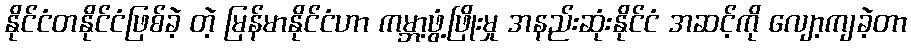
နိုင်ငံတနိုင်ငံဖြစ်ခဲ့ တဲ့ မြန်မာနိုင်ငံဟာ ကမ္ဘာ့ဖွံ့ဖြိုးမှု အနည်းဆုံးနိုင်ငံ အဆင့်ကို လျော့ကျခဲ့တာ